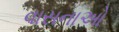
વાસનાઓ